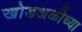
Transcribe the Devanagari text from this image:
खोडअळीच्या